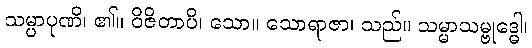
သမ္ပာပုဏိ၊ ၏။ ဝိဇိတာပိ၊ သော။ သောရာဇာ၊ သည်။ သမ္မာသမ္ဗုဒ္ဓေါ၊